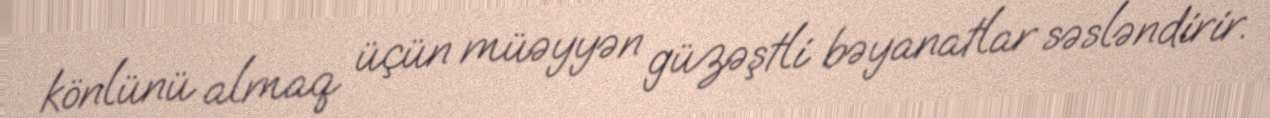
könlünü almaq üçün müəyyən güzəştli bəyanatlar səsləndirir.